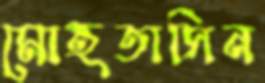
মোহতাসিন